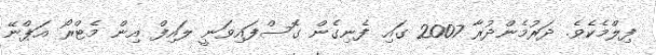
ފިލްމެކެވެ. ދަރުމެންދުރާ 2007 ގައި ފެނިގެން ގޮސްފައިވަނީ ލައިފް އިން މެޓްރޯ އަޕްނޭ